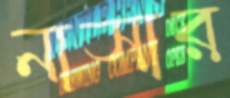
নাসার